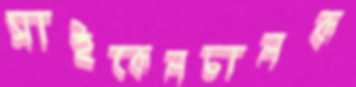
সাইকেলচালক